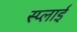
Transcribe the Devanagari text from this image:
स्प्लाई